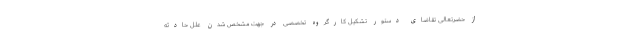
از حضرتعالی تقاضای دستور تشکیل کارگروه تخصصی در جهت مشخص شدن علل حادثه